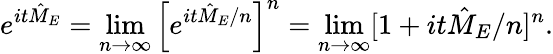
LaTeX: e^{it{\hat{M}}_{E}}=\operatorname*{lim}_{n\to\infty}\left[e^{it{\hat{M}}_{E}/n}\right]^{n}=\operatorname*{lim}_{n\to\infty}[1+it{\hat{M}}_{E}/n]^{n}.